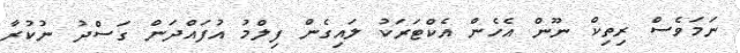
ނަމަވެސް ރިތިކް ނޫން އެހެން އެކްޓަރަކު ލައިގެން ފިލްމު އުފައްދަން ގަސްދު ނުކުރާ